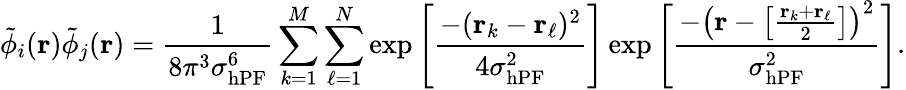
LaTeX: \tilde{\phi}_{i}(\mathbf{r})\tilde{\phi}_{j}(\mathbf{r})=\frac{1}{8\pi^{3}\sigma_{\mathrm{hPF}}^{6}}\sum_{k=1}^{M}\sum_{\ell=1}^{N}\exp\left[\frac{-(\mathbf{r}_{k}-\mathbf{r}_{\ell})^{2}}{4\sigma_{\mathrm{hPF}}^{2}}\right]\exp\left[\frac{-\left(\mathbf{r}-\left[\frac{\mathbf{r}_{k}+\mathbf{r}_{\ell}}{2}\right]\right)^{2}}{\sigma_{\mathrm{hPF}}^{2}}\right].